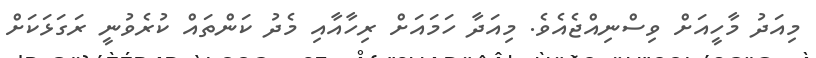
މިއަދު މާހީއަށް ވިސްނިއްޖެއެވެ. މިއަދާ ހަމައަށް ރިހާއާއި މެދު ކަންތައް ކުރެވުނީ ރަގަޅަކަށް